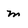
Character: m